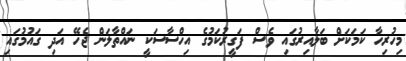
މިހުރިހާ ކަމަކަށް ބަލާއިރުގައި ވެސް ފަގީރުކަމުގެ އިހްސާސަކީ ނައްތާލަން ޖެހޭ އަދި ގައުމުގައި